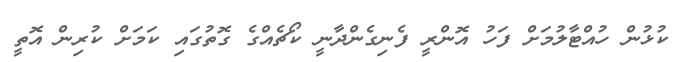
ކުޅުން ހުއްޓާލުމަށް ފަހު އޮންރީ ފެނިގެންދާނީ ކޯޗެއްގެ ގޮތުގައި ކަމަށް ކުރިން އޮތީ